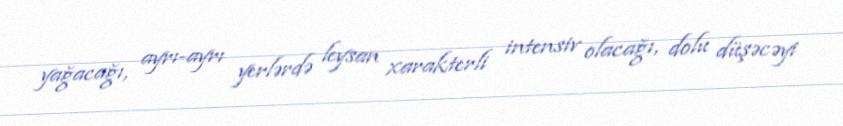
yağacağı, ayrı-ayrı yerlərdə leysan xarakterli intensiv olacağı, dolu düşəcəyi